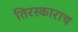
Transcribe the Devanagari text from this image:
तिरस्काराच